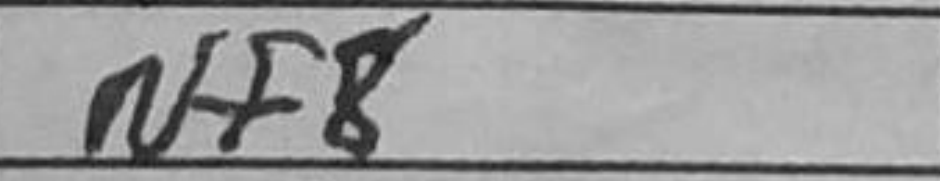
Transcription: Nf8